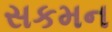
સકમન